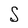
Character: S